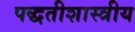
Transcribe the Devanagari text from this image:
पद्धतीशास्त्रीय